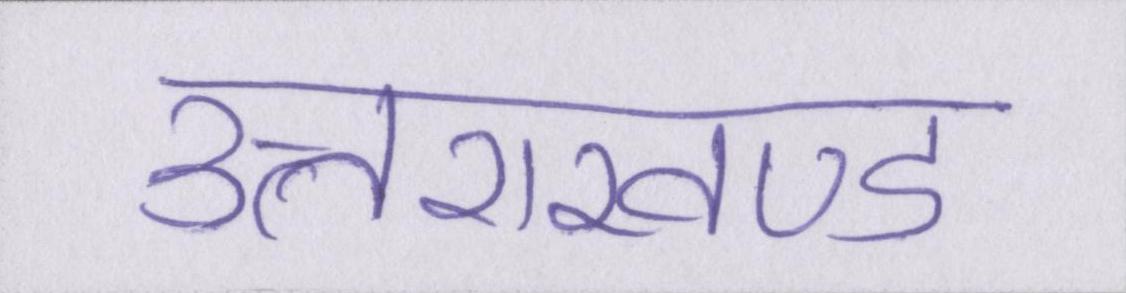
उत्तराखण्ड